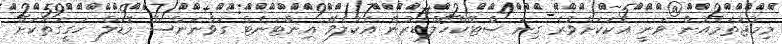
މިމުޖުތަމައުން ވަނީ އެކަކަށްވުރެ ގިނަ ސްޓޭކްހޯލްޑަރުން އެކުލެވޭ އިންޓަނެޓް ގަވާނަންސް މޮޑަލް ހަގީގަތަކަށް